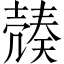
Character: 𡔿